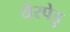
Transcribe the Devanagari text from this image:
येरपेडु